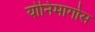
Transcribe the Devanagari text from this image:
योनिमार्गास